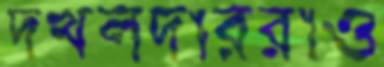
দখলদাররাও